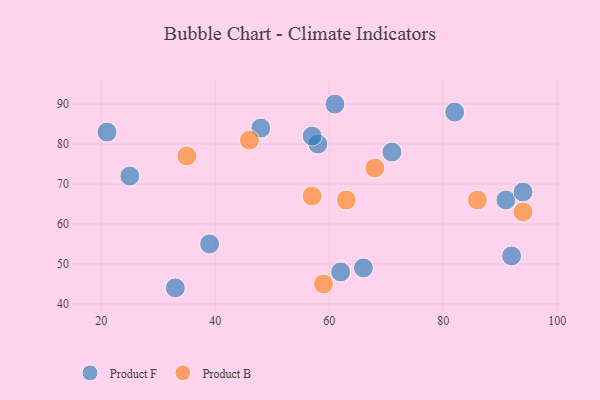
{"axis": {"x": "GDP", "y": "Life Expectancy"}, "legend": ["Product B", "Product F"], "data": [{"x": "92", "y": 52, "type": "Product F"}, {"x": "39", "y": 55, "type": "Product F"}, {"x": "61", "y": 90, "type": "Product F"}, {"x": "82", "y": 88, "type": "Product F"}, {"x": "91", "y": 66, "type": "Product F"}, {"x": "58", "y": 80, "type": "Product F"}, {"x": "33", "y": 44, "type": "Product F"}, {"x": "57", "y": 82, "type": "Product F"}, {"x": "25", "y": 72, "type": "Product F"}, {"x": "48", "y": 84, "type": "Product F"}, {"x": "21", "y": 83, "type": "Product F"}, {"x": "66", "y": 49, "type": "Product F"}, {"x": "94", "y": 68, "type": "Product F"}, {"x": "62", "y": 48, "type": "Product F"}, {"x": "71", "y": 78, "type": "Product F"}, {"x": "68", "y": 74, "type": "Product B"}, {"x": "46", "y": 81, "type": "Product B"}, {"x": "86", "y": 66, "type": "Product B"}, {"x": "94", "y": 63, "type": "Product B"}, {"x": "63", "y": 66, "type": "Product B"}, {"x": "57", "y": 67, "type": "Product B"}, {"x": "35", "y": 77, "type": "Product B"}, {"x": "59", "y": 45, "type": "Product B"}]}